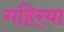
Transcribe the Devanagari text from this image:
गहिर्‍या